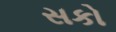
સકો